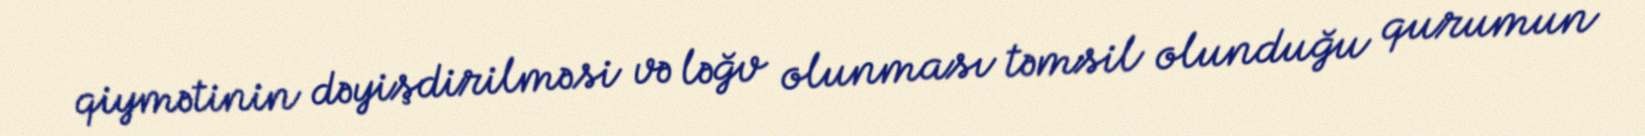
qiymətinin dəyişdirilməsi və ləğv olunması təmsil olunduğu qurumun